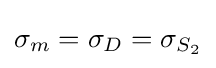
\sigma _{m}=\sigma _{D}=\sigma _{S_{2}}